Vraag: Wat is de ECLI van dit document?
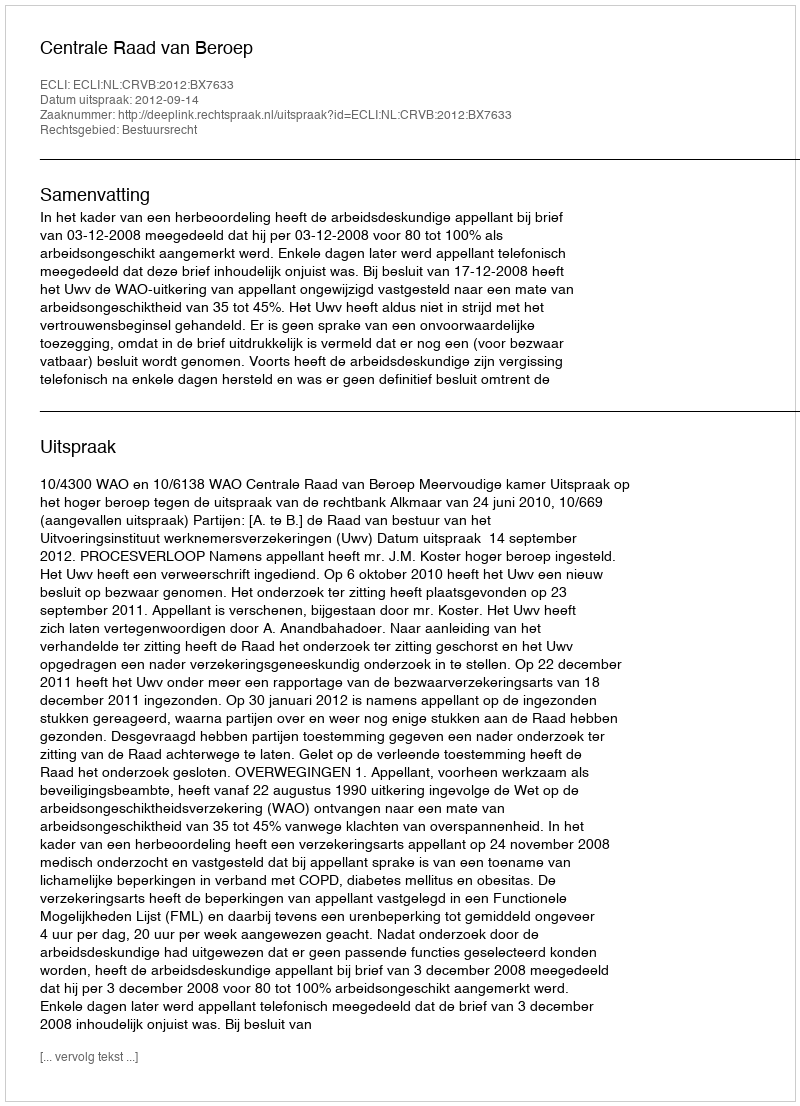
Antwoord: ECLI:NL:CRVB:2012:BX7633